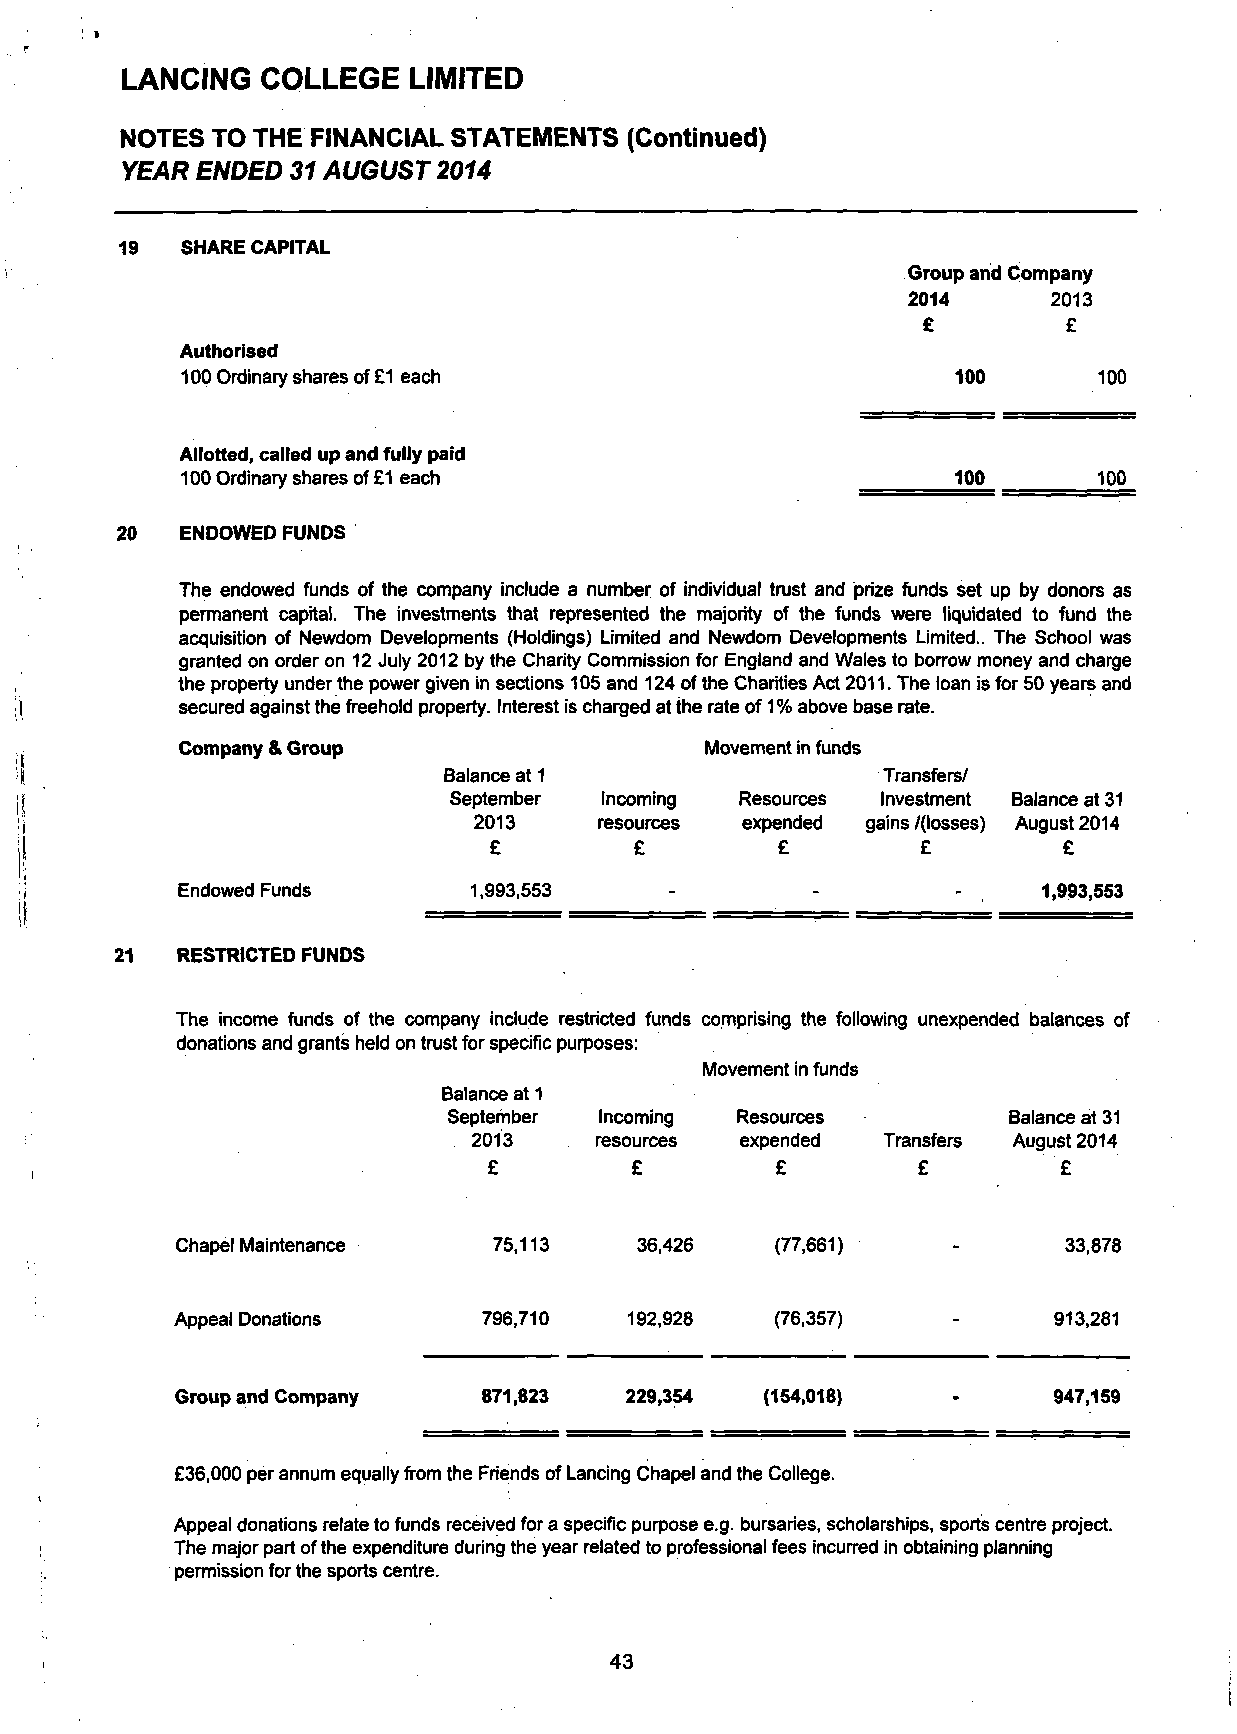
LANCING  COLLEGE   LIMITED
 NOTES  TO THE FINANCIAL STATEMENTS  (Continued)
 YEAR  ENDED 31 AUGUST  2014
 19  SHARE CAPITAL
 Group and Company
 2014      2013
 £         £
 Authorised
 100 Ordinary shares of £1 each                     100       100
 Allotted, called up and fully paid
 100 Ordinary shares of £1 each                     100       100
 20  ENDOWED FUNDS
 The endowed funds of the company include a number of individual trust and prize funds set up by donors as
 permanent capital. The investments that represented the majority of the funds were liquidated to fund the
 acquisition of Newdom Developments (Holdings) Limited and Newdom Developments Limited.. The School was
 granted on order on 12 July 2012 by the Charity Commission for England and Wales to borrow money and charge
 the property under the power given in sections 105 and 124 of the Charities Act 2011. The loan is for 50 years and
 secured against the freehold property. Interest is charged at the rate of 1 % above base rate.
 Company & Group                    Movement in funds
 Balance at 1                 Transfers/
 September Incoming Resources Investment Balance at 31
 2013     resources expended gains /(losses) August 2014
 £         £        £         £        £
 Endowed Funds      1,993,553                             1,993,553
 21  RESTRICTED FUNDS
 The income funds of the company include restricted funds comprising the following unexpended balances of
 donations and grants held on trust for specific purposes:
 Movement in funds
 Balance at 1
 September Incoming Resources         Balance at 31
 2013    resources expended Transfers August 2014
 £         £        £         £        £
 Chapel Maintenance   75,113   36,426   (77,661)           33,878
 Appeal Donations    796,710   192,928  (76,357)           913,281
 Group and Company   871,823  229,354   (154,018)          947,159
 £36,000 per annum equally from the Friends of Lancing Chapel and the College.
 Appeal donations relate to funds received for a specific purpose e.g. bursaries, scholarships, sports centre project.
 The major part of the expenditure during the year related to professional fees incurred in obtaining planning
 permission for the sports centre.
 43